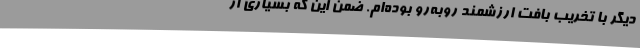
دیگر با تخریب بافت ارزشمند روبه‌رو بوده‌ام. ضمن این که بسیاری از